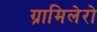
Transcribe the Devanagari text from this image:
ग्रामिलेरो